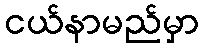
ငယ်နာမည်မှာ